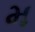
મ